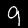
Digit: 9